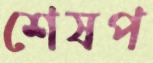
শেষপ